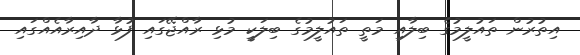
އިތުރުން ތައުލީމުގެ ބިލާއި މަތީ ތައުލީމުގެ ބިލަކީ މުޅި ރާއްޖޭގައި ފުޅާ ދާއިރާއެއްގައި